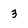
Character: 3